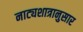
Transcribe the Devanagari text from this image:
नाट्यशात्रानुसार